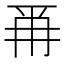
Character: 𭁣